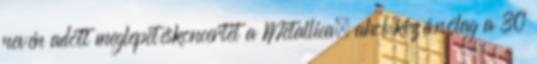
nevén adott meglepetéskoncertet a Metallica, ahol kizárólag a 30